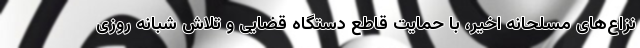
نزاع‌های مسلحانه اخیر، با حمایت قاطع دستگاه قضایی و تلاش شبانه روزی